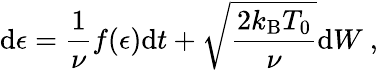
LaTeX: \mathrm{d}\epsilon=\frac{1}{\nu}f(\epsilon)\mathrm{d}t+\sqrt{\frac{2k_{\mathrm{B}}T_{0}}{\nu}}\mathrm{d}{W}\mathrm{~,~}